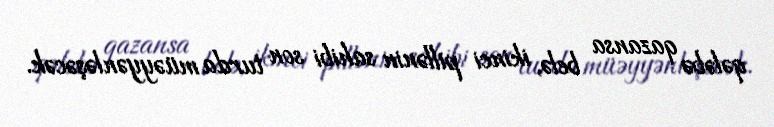
qələbə qazansa belə, ikinci pillənin sahibi son turda müəyyənləşəcək.